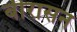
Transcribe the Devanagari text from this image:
बीरासन